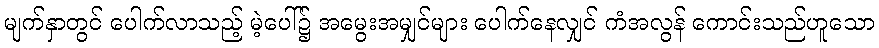
မျက်နှာတွင် ပေါက်လာသည့် မဲ့ပေါ်၌ အမွေးအမျှင်များ ပေါက်နေလျှင် ကံအလွန် ကောင်းသည်ဟူသော